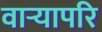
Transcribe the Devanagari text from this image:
वाऱ्यापरि